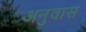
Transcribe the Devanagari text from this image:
अनुवास